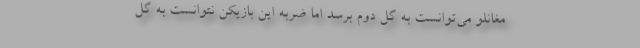
مغانلو می‌توانست به گل دوم برسد اما ضربه این بازیکن نتوانست به گل